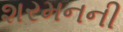
શરમનની